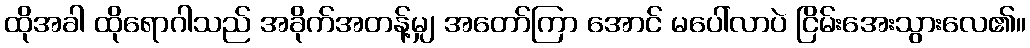
ထိုအခါ ထိုရောဂါသည် အခိုက်အတန့်မျှ အတော်ကြာ အောင် မပေါ်လာပဲ ငြိမ်းအေးသွားလေ၏။